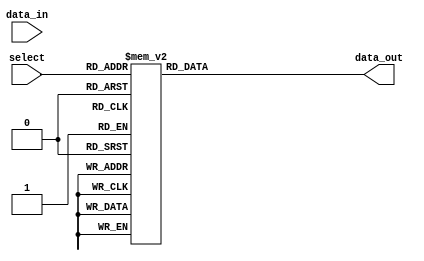
module demux_4to16 (
    input [3:0] select,
    input [15:0] data_in,
    output reg [15:0] data_out
);

// Decode select lines to enable the corresponding output
always @*
begin
    case (select)
        4'b0000: data_out = 16'b0000_0000_0000_0001;
        4'b0001: data_out = 16'b0000_0000_0000_0010;
        4'b0010: data_out = 16'b0000_0000_0000_0100;
        4'b0011: data_out = 16'b0000_0000_0000_1000;
        4'b0100: data_out = 16'b0000_0000_0001_0000;
        4'b0101: data_out = 16'b0000_0000_0010_0000;
        4'b0110: data_out = 16'b0000_0000_0100_0000;
        4'b0111: data_out = 16'b0000_0000_1000_0000;
        4'b1000: data_out = 16'b0000_0001_0000_0000;
        4'b1001: data_out = 16'b0000_0010_0000_0000;
        4'b1010: data_out = 16'b0000_0100_0000_0000;
        4'b1011: data_out = 16'b0000_1000_0000_0000;
        4'b1100: data_out = 16'b0001_0000_0000_0000;
        4'b1101: data_out = 16'b0010_0000_0000_0000;
        4'b1110: data_out = 16'b0100_0000_0000_0000;
        4'b1111: data_out = 16'b1000_0000_0000_0000;
    endcase
end

endmodule